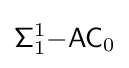
{\mathsf {\Sigma }}_{1}^{1}{\mathsf {-AC}}_{0}